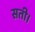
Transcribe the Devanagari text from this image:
सती।